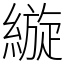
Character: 縼